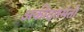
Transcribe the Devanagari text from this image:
अकीदतमंतो